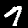
Digit: 7